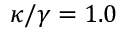
\kappa / \gamma = 1 . 0